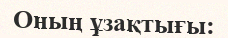
Оның ұзақтығы: